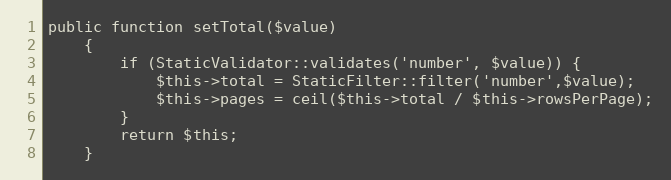
Language: PHP
public function setTotal($value)
    {
        if (StaticValidator::validates('number', $value)) {
            $this->total = StaticFilter::filter('number',$value);
            $this->pages = ceil($this->total / $this->rowsPerPage);
        }
        return $this;
    }